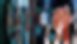
ছাত্র